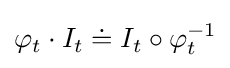
\varphi _{t}\cdot I_{t}\doteq I_{t}\circ \varphi _{t}^{-1}